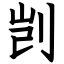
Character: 剀